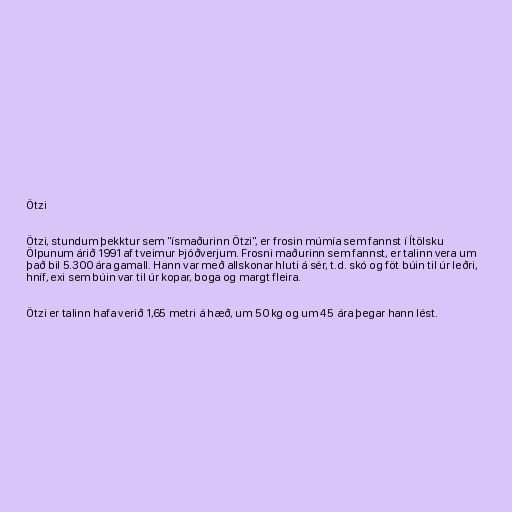
Ötzi

Ötzi, stundum þekktur sem "ísmaðurinn Ötzi", er frosin múmía sem fannst í Ítölsku
Ölpunum árið 1991 af tveimur Þjóðverjum. Frosni maðurinn sem fannst, er talinn vera um
það bil 5.300 ára gamall. Hann var með allskonar hluti á sér, t.d. skó og föt búin til úr leðri,
hníf, exi sem búin var til úr kopar, boga og margt fleira.

Ötzi er talinn hafa verið 1,65 metri á hæð, um 50 kg og um 45 ára þegar hann lést.